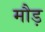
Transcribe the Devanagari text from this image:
मौड़